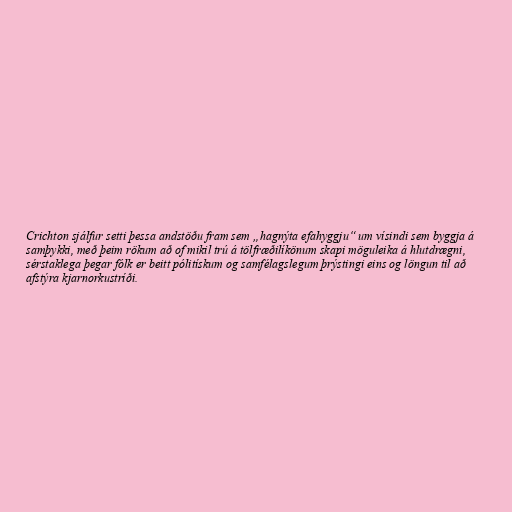
Crichton sjálfur setti þessa andstöðu fram sem „hagnýta efahyggju“ um vísindi sem byggja á
samþykki, með þeim rökum að of mikil trú á tölfræðilíkönum skapi möguleika á hlutdrægni,
sérstaklega þegar fólk er beitt pólitískum og samfélagslegum þrýstingi eins og löngun til að
afstýra kjarnorkustríði.